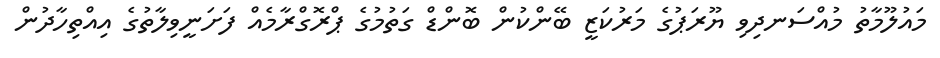
މައުލޫމާތު މުއްސަނދިވި ޔޫރަޕުގެ މަރުކަޒީ ބޭންކުން ބޮންޑް ގަތުމުގެ ޕްރޮގްރާމެއް ފަށަނީވިލާތުގެ އިއްތިހާދުން